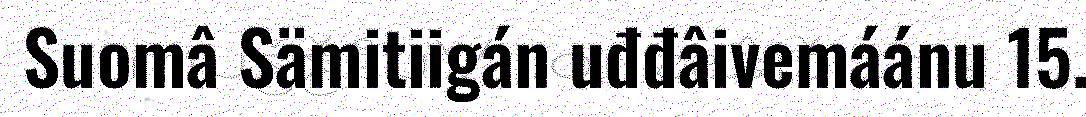
Suomâ Sämitiigán uđđâivemáánu 15.